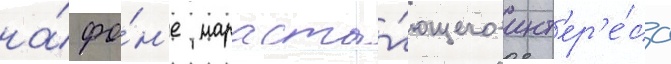
на́ фо́н'е нараста́ющего инт'ер'е́са